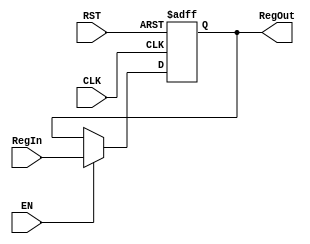
///Ports & Parameters
module RegisterWithEN #(
    parameter Reg_width = 'd32
) (
    input  wire                   CLK,
    input  wire                   RST,
    input  wire                   EN,
    input  wire   [Reg_width-1:0] RegIn,
    output reg    [Reg_width-1:0] RegOut
);

//Instruction register logic
always @(posedge CLK or negedge RST) begin
    if (!RST) begin
        RegOut <= 'b0;
    end

    else if (EN) begin
        RegOut <= RegIn;
    end
end 
endmodule